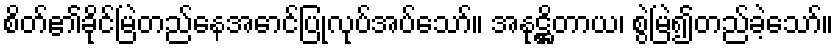
စိတ်၏ခိုင်မြဲတည်နေအောင်ပြုလုပ်အပ်သော်။ အနုဋ္ဌိတာယ၊ စွဲမြဲ၍တည်ခဲ့သော်။